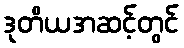
ဒုတိယအဆင့်တွင်